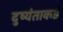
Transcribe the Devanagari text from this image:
दुष्यंताकडे